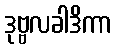
ဒုဗ္ဗလခါဒိကာ